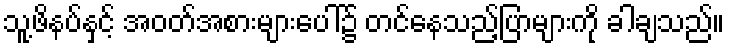
သူ့ဖိနပ်နှင့် အဝတ်အစားများပေါ်၌ တင်နေသည့်ပြာများကို ခါချသည်။